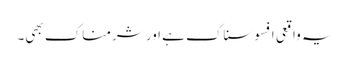
یہ واقعی افسوسناک ہے اور شرمناک بھی۔